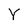
Character: Y